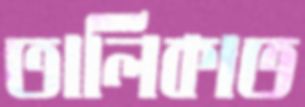
তালিকাত